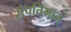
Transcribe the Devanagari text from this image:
संपत्तिमान्‌